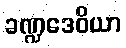
ခဏ္ဍဒေဝိယာ